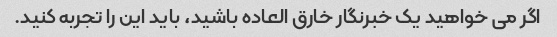
اگر می خواهید یک خبرنگار خارق العاده باشید، باید این را تجربه کنید.